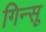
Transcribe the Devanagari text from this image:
गिन्सू